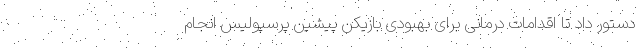
دستور داد تا اقدامات درمانی برای بهبودی بازیکن پیشین پرسپولیس انجام